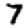
Digit: 7